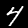
Label: 4